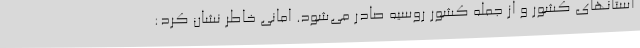
استانهای کشور و از جمله کشور روسیه صادر می‌شود. امانی خاطر نشان کرد: